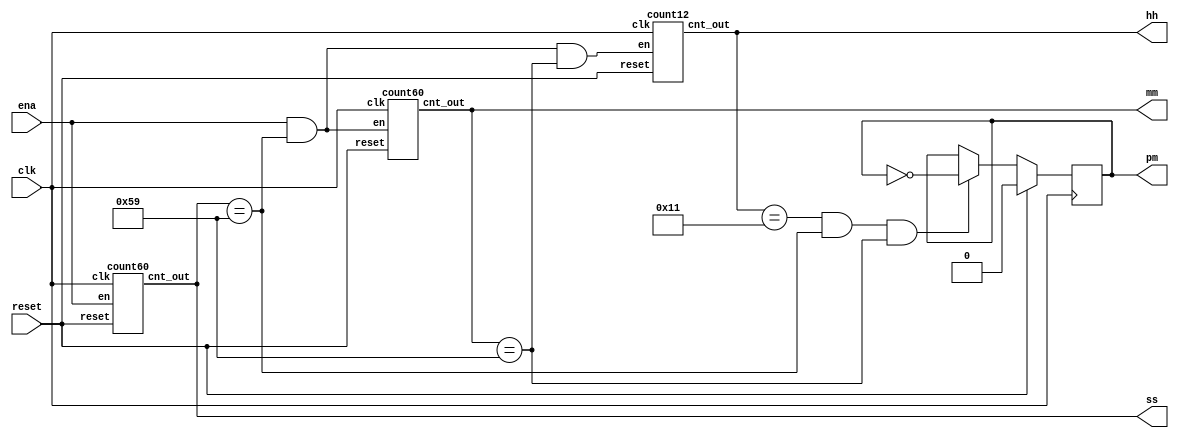
module top_module(
    input clk,
    input reset,
    input ena,
    output pm,
    output [7:0] hh,
    output [7:0] mm,
    output [7:0] ss); 
	
	count60 inst_second(
		.clk(clk),
		.reset(reset),
		.en(ena),
		.cnt_out(ss)
		);
 
	count60 inst_min(
		.clk(clk),
		.reset(reset),
		.en(ena&(ss == 8'h59)),
		.cnt_out(mm)
		);
	count12 inst_hour(
		.clk(clk),
		.reset(reset),
		.en(ena&(ss == 8'h59)&(mm == 8'h59)),
		.cnt_out(hh)
		);
    
    reg p;
    always@(posedge clk) begin
        if(reset) p <= 0;
        else if(hh == 8'h11 && ss == 8'h59&& mm == 8'h59) p <= ~p;
        else ;
	end
	assign pm = p;
 
endmodule

module count60(
	input clk,
	input reset,
	input en,
	output reg [7:0] cnt_out
	);
 
	always@(posedge clk) begin
		if(reset) cnt_out <= 0;
		else if(en) begin
			if(cnt_out == 8'h59) begin
				cnt_out <= 0;
			end
			else if(cnt_out[3:0] == 9) begin
				cnt_out[3:0] <= 0;
				cnt_out[7:4] <= cnt_out[7:4] + 1;
			end
			else begin
				cnt_out[3:0] <= cnt_out[3:0] + 1;
			end 
		end
	end
 
endmodule

module count12 (
	input clk,    // Clock
	input reset,  // Asynchronous reset active high
	input en,
	output reg [7:0] cnt_out
	);
	
	always@(posedge clk) begin
		if(reset) cnt_out <= 8'h12;
		else if(en) begin
			if(cnt_out == 8'h12) begin
				cnt_out <= 1;
			end
			else if(cnt_out[3:0] == 9) begin
				cnt_out[3:0] <= 0;
				cnt_out[7:4] <= cnt_out[7:4] + 1;
			end 
			else begin
				cnt_out[3:0] <= cnt_out[3:0] + 1;
			end
		end
	end
 
endmodule